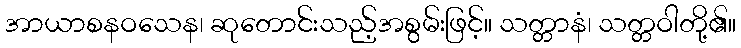
အာယာစနဝသေန၊ ဆုတောင်းသည့်အစွမ်းဖြင့်။ သတ္တာနံ၊ သတ္တဝါတို့၏။